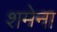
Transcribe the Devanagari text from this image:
शमेना